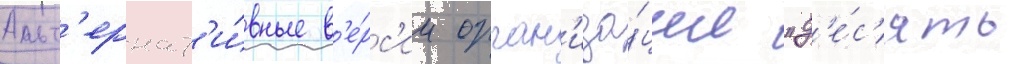
Альт'ернат'и́вные в'е́рс'ии орган'иза́ции "д'е́с'ять